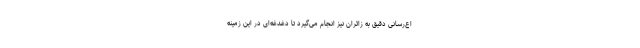
اع‌رسانی دقیق به زائران نیز انجام می‌گیرد تا دغدغه‌ای در این زمینه